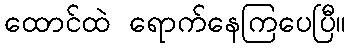
ထောင်ထဲ ရောက်နေကြပေပြီ။